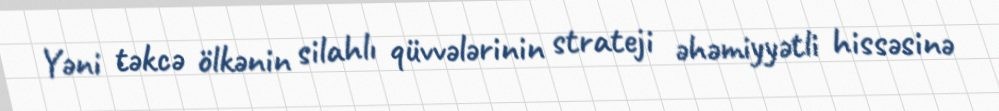
Yəni təkcə ölkənin silahlı qüvvələrinin strateji əhəmiyyətli hissəsinə